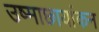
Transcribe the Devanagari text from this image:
उष्माछायांकन